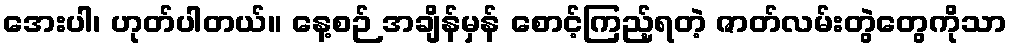
အေးပါ၊ ဟုတ်ပါတယ်။ နေ့စဉ် အချိန်မှန် စောင့်ကြည့်ရတဲ့ ဇာတ်လမ်းတွဲတွေကိုသာ